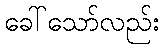
ခေါ်သော်လည်း